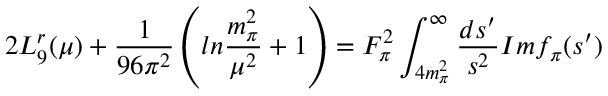
2 L _ { 9 } ^ { r } ( \mu ) + { \frac { 1 } { 9 6 \pi ^ { 2 } } } \left( l n { \frac { m _ { \pi } ^ { 2 } } { \mu ^ { 2 } } } + 1 \right) = F _ { \pi } ^ { 2 } \int _ { 4 m _ { \pi } ^ { 2 } } ^ { \infty } { \frac { d s ^ { \prime } } { s ^ { 2 } } } I m f _ { \pi } ( s ^ { \prime } )